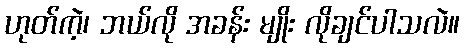
ဟုတ်ကဲ့၊ ဘယ်လို အခန်း မျိုး လိုချင်ပါသလဲ။